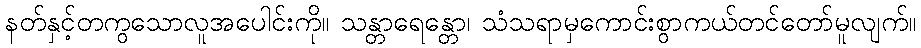
နတ်နှင့်တကွသောလူအပေါင်းကို။ သန္တာရေန္တော၊ သံသရာမှကောင်းစွာကယ်တင်တော်မူလျက်။